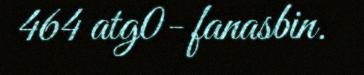
464 atg0- fanasbin.